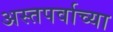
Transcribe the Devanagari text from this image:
अस्तपर्वाच्या